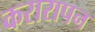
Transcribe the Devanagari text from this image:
करारापन